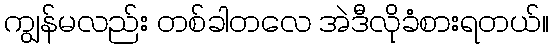
ကျွန်မလည်း တစ်ခါတလေ အဲဒီလိုခံစားရတယ်။